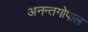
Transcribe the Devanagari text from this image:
अनन्तगोपाल